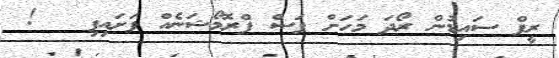
ރީފް ސައިޑުން ރޯދަ މަހަށް ފަސް ޕްރޮމޯޝަނެއް ފަށައިފި   !